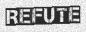
REFUTE